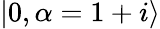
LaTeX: |0,\alpha=1+i\rangle